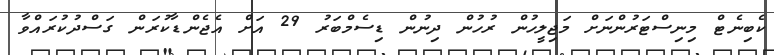
ކެބިނެޓް މިނިސްޓަރުންނަށް މަޖިލީހުން ރުހުން ދިނުން ޑިސެމްބަރު 29 އަށް އެޖެންޑާކުރަން ގަސްދުކުރައްވާ